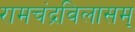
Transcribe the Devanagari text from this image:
रामचंद्रविलासम्